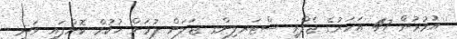
އުމުރުން 47 އަހަރުގެ ޖެފްރީ ސްޓަރލިންގ ޖަލަށް ލުމަށް ހުކުމް ކޮށްފައި ވަނީ